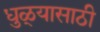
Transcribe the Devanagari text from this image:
धुळ्यासाठी